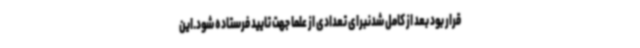
قرار بود بعد از کامل شدنبرای تعدادی از علما جهت تایید فرستاده شود.این